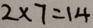
2 \times 7 = 1 4